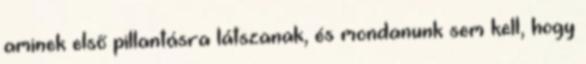
aminek első pillantásra látszanak, és mondanunk sem kell, hogy